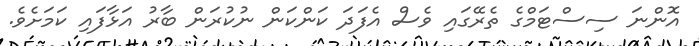
އޮންނަ ސިސްޓަމްގެ ތެރޭގައި ވެސް އެފަދަ ކަންކަން ނުކުރަން ބާރު އަޅާފައި ކަމަށެވެ.